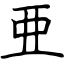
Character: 亜